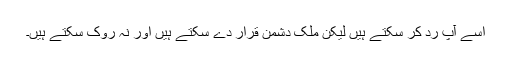
اسے آپ رد کر سکتے ہیں لیکن ملک دشمن قرار دے سکتے ہیں اور نہ روک سکتے ہیں۔